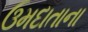
ઉમદાતાના